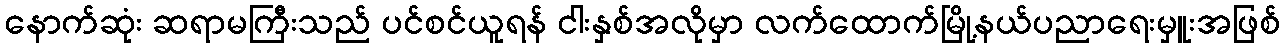
နောက်ဆုံး ဆရာမကြီးသည် ပင်စင်ယူရန် ငါးနှစ်အလိုမှာ လက်ထောက်မြို့နယ်ပညာရေးမှူးအဖြစ်